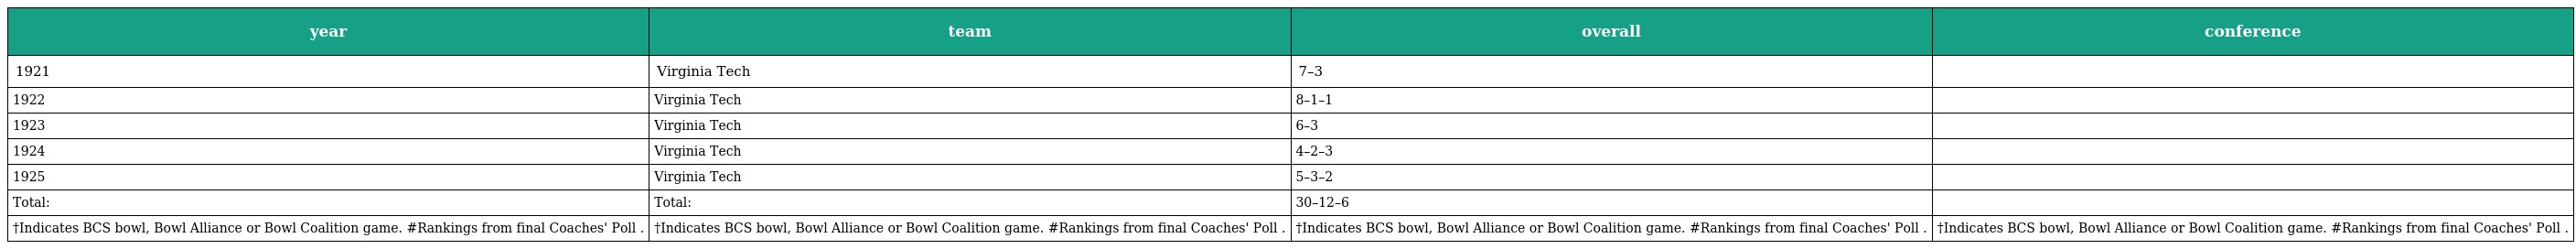
| year | team | overall | conference |
 | --- | --- | --- | --- |
 | 1921 | Virginia Tech | 7–3 |  |
 | 1922 | Virginia Tech | 8–1–1 |  |
 | 1923 | Virginia Tech | 6–3 |  |
 | 1924 | Virginia Tech | 4–2–3 |  |
 | 1925 | Virginia Tech | 5–3–2 |  |
 | Total: | Total: | 30–12–6 |  |
 | †Indicates BCS bowl, Bowl Alliance or Bowl Coalition game. #Rankings from final Coaches' Poll . | †Indicates BCS bowl, Bowl Alliance or Bowl Coalition game. #Rankings from final Coaches' Poll . | †Indicates BCS bowl, Bowl Alliance or Bowl Coalition game. #Rankings from final Coaches' Poll . | †Indicates BCS bowl, Bowl Alliance or Bowl Coalition game. #Rankings from final Coaches' Poll . |